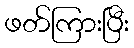
ဖတ်ကြားပြီး